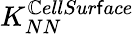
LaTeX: K_{NN}^{\mathbb{C}ellSur\mathsf{f}ace}